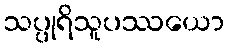
သပ္ပုရိသူပဿယော